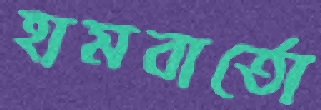
হামবার্তো